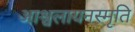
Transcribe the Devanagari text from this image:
आश्वलायनस्मृति